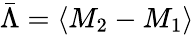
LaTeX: \bar{\Lambda}=\langle M_{2}-M_{1}\rangle